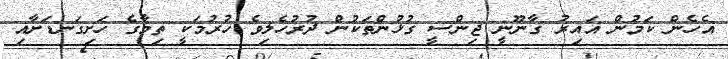
އެހެން ކަމުން ޣައިރު ގާނޫނީ ޖިންސީ ގުޅުންތަކުން ދުރުހެލިވެ ހުރުމަކީ ތިމާގެ ހަށިގަނޑަށާއި